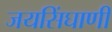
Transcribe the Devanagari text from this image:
जयसिंघाणी